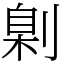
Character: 㓷